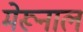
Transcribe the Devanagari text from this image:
मेरूनाल